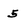
Character: 5